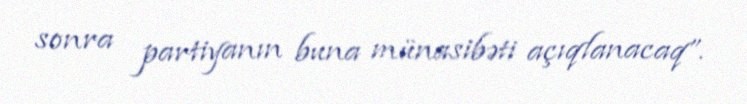
sonra partiyanın buna münasibəti açıqlanacaq”.